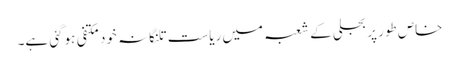
خاص طور پر بجلی کے شعبہ میں ریاست تلنگانہ خود مکتفی ہوگئی ہے۔